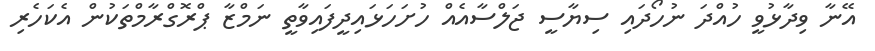
އޭނާ ވިދާޅުވީ ހުއްދަ ނުހޯދައި ސިޔާސީ ޖަލްސާއެއް ހުށަހަޅައިދީފައިވާތީ ނަމްޒާ ޕްރޮގްރާމްތަކުން އެކަހެރި